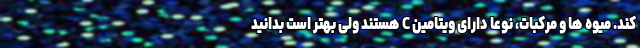
کند. میوه ها و مرکبات، نوعاً دارای ویتامین C هستند ولی بهتر است بدانید